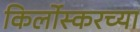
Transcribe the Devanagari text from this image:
किर्लोस्करच्या